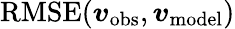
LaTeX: \mathrm{RMSE}({\boldsymbol{v}}_{\mathrm{obs}},{\boldsymbol{v}}_{\mathrm{model}})